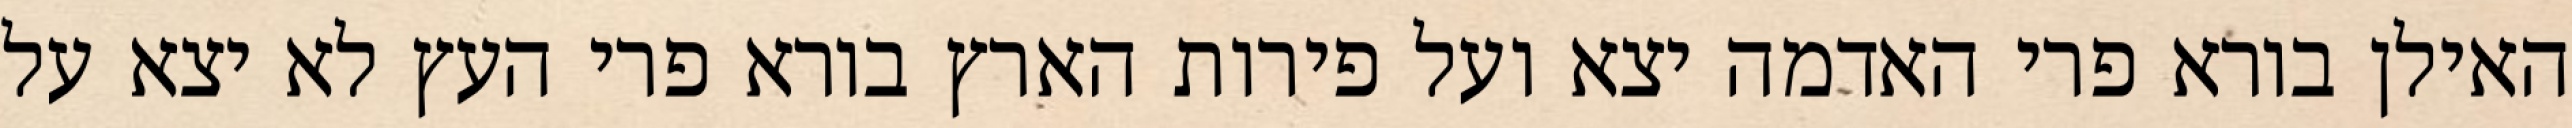
האילן בורא פרי האדמה יצא ועל פירות הארץ בורא פרי העץ לא יצא על